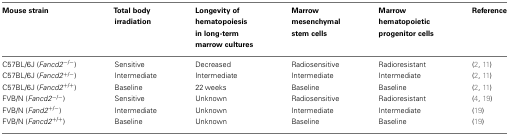
| Mouse strain | Total body irradiation | Longevity of hematopoiesis in long-term marrow cultures | Marrow mesenchymal stem cells | Marrow hematopoietic progenitor cells | Reference |
 | --- | --- | --- | --- | --- | --- |
 | C57BL/6J (Fancd2−/−) | Sensitive | Decreased | Radiosensitive | Radioresistant | (2, 11) |
 | C57BL/6J (Fancd2+/−) | Intermediate | Intermediate | Intermediate | Intermediate | (2, 11) |
 | C57BL/6J (Fancd2+/+) | Baseline | 22 weeks | Baseline | Baseline | (2, 11) |
 | FVB/N (Fancd2−/−) | Sensitive | Unknown | Radiosensitive | Radioresistant | (4, 19) |
 | FVB/N (Fand2+/−) | Intermediate | Unknown | Intermediate | Intermediate | (19) |
 | FVB/N (Fancd2+/+) | Baseline | Unknown | Baseline | Baseline | (19) |